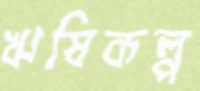
ঋষিকল্প